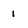
Character: 1